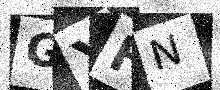
Text: GYHN